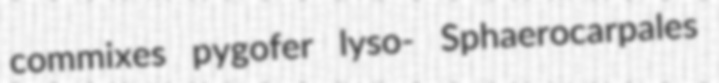
commixes pygofer lyso- Sphaerocarpales